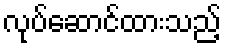
လုပ်ဆောင်ထားသည့်